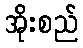
အိုးစည်